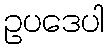
ဥပဒေပါ